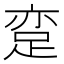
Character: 𨀶